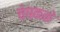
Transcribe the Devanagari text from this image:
चेचकके